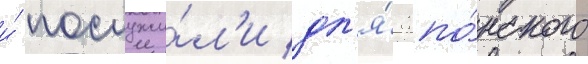
и́ послужи́л'и дл'я́ япо́нского